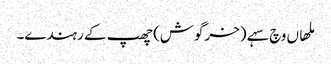
ملھاں وچ سہے (خرگوش) چھپ کے رہندے۔